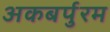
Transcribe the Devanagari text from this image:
अकबर्पुरम